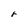
Character: r